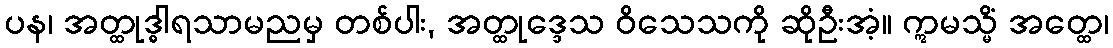
ပန၊ အတ္ထုဒ္ဓါရသာမညမှ တစ်ပါး, အတ္ထုဒ္ဒေသ ဝိသေသကို ဆိုဦးအံ့။ ဣမသ္မိံ အတ္ထေ၊